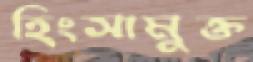
হিংসামুক্ত